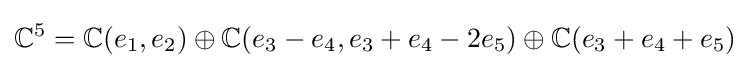
\mathbb {C} ^{5}=\mathbb {C} (e_{1},e_{2})\oplus \mathbb {C} (e_{3}-e_{4},e_{3}+e_{4}-2e_{5})\oplus \mathbb {C} (e_{3}+e_{4}+e_{5})